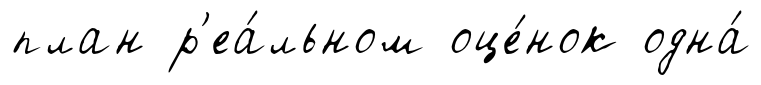
план р'еа́льном оце́нок одна́